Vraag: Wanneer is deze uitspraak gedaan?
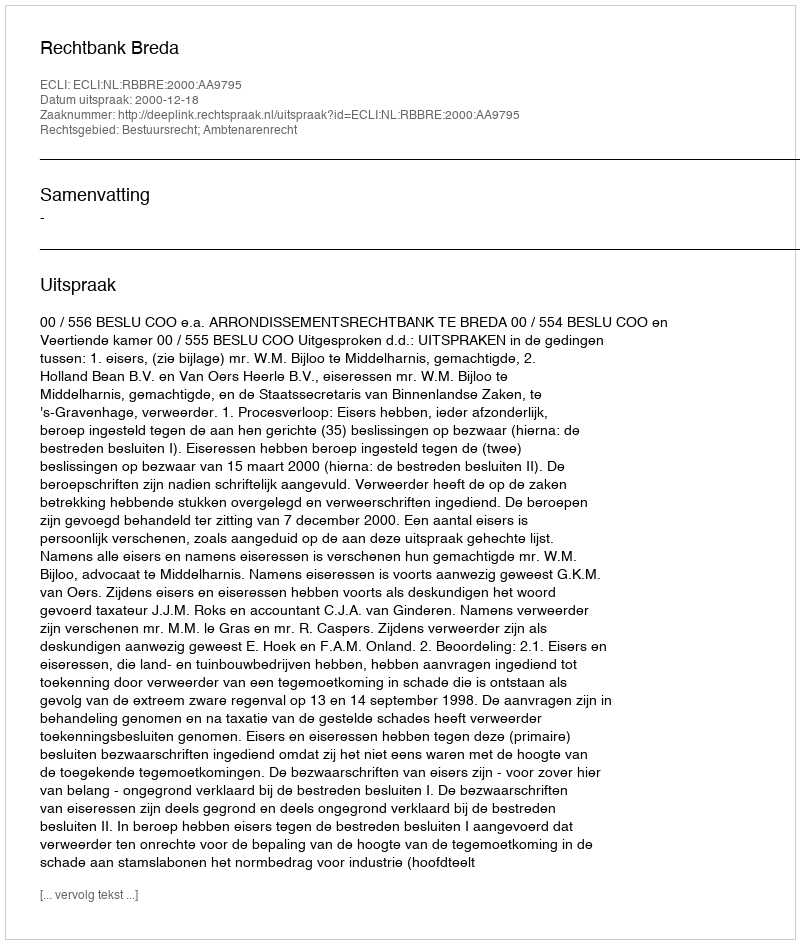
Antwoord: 2000-12-18